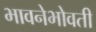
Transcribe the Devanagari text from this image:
भावनेभोवती